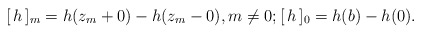
\begin{align*} [\, h\,]_{m} = h(z_m+0) - h(z_m-0),m \ne 0; [\, h\,]_0 = h(b) - h(0).\end{align*}